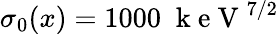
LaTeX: \sigma_{0}(x)=1000\; \mathrm{~k~e~V~}^{7/2}